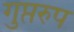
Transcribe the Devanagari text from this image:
गुप्तरुप